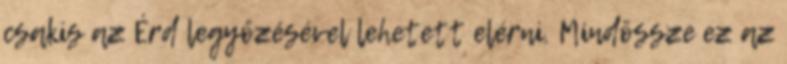
csakis az Érd legyőzésével lehetett elérni. Mindössze ez az